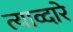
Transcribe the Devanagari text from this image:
त्याव्दारे